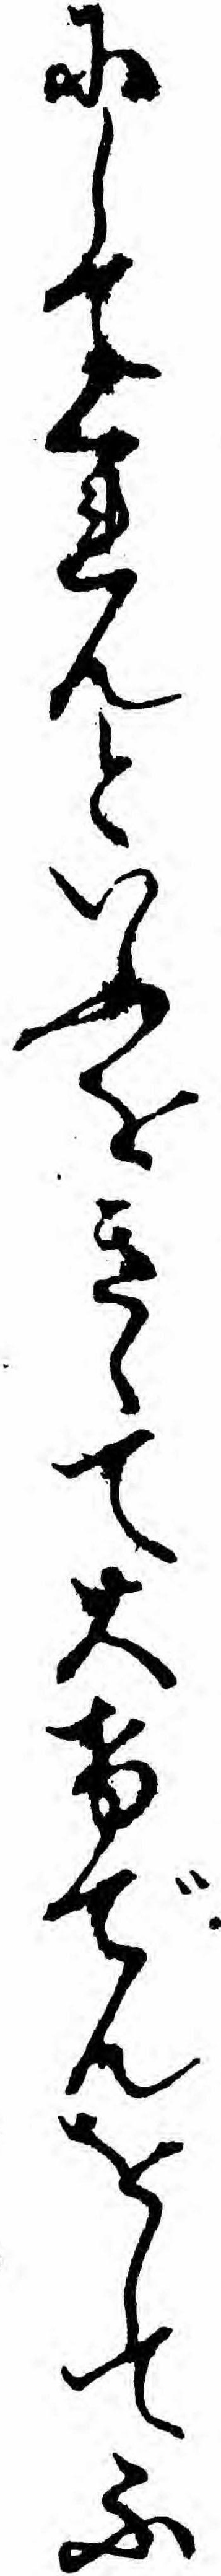
にしてくれんといふをきゝて大けでんをしてふ